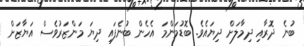
ބުނެ ދޮރާއި ދިމާލަށް ދިޔައެވެ. ބޮޑުމަންމަ އެހެން ބުނެފައި ދިޔަ މަންޒަރުވެސް އަޔާޒަށް